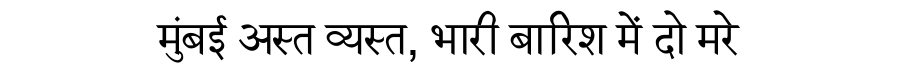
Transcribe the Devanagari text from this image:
मुंबई अस्त व्यस्त, भारी बारिश में दो मरे